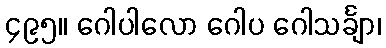
၄၉၅။ ဂေါပါလော ဂေါပ ဂေါသင်္ချာ၊